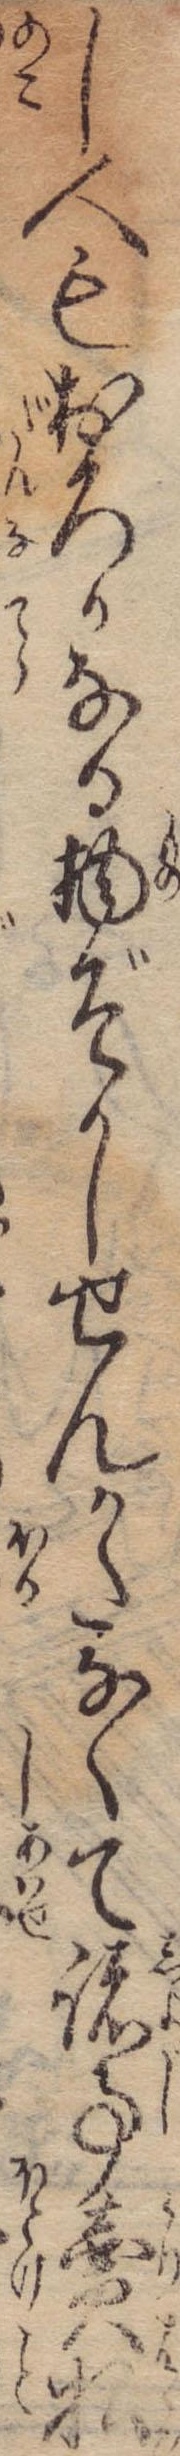
し人もおろかなる物ぞかしせんかたなくて諸事売払